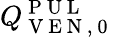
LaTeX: Q_{\mathrm{~V~E~N~,~0~}}^{\mathrm{~P~U~L~}}